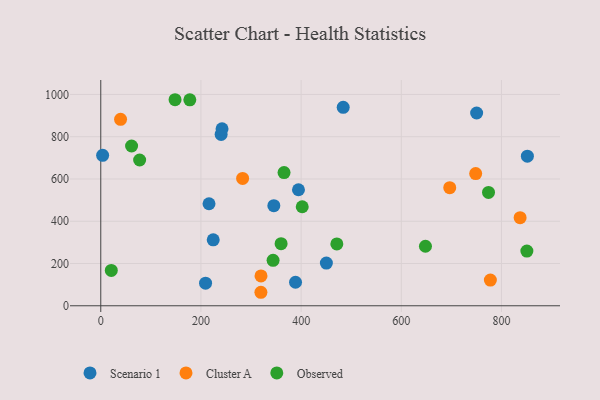
{"axis": {"x": "Engine Size", "y": "Rating"}, "legend": ["Cluster A", "Observed", "Scenario 1"], "data": [{"x": "240.3", "y": 810.7, "type": "Scenario 1"}, {"x": "394.7", "y": 549.0, "type": "Scenario 1"}, {"x": "242.1", "y": 837.4, "type": "Scenario 1"}, {"x": "750.4", "y": 912.3, "type": "Scenario 1"}, {"x": "345.5", "y": 473.8, "type": "Scenario 1"}, {"x": "450.4", "y": 201.9, "type": "Scenario 1"}, {"x": "209.2", "y": 106.9, "type": "Scenario 1"}, {"x": "224.5", "y": 312.3, "type": "Scenario 1"}, {"x": "3.7", "y": 712.1, "type": "Scenario 1"}, {"x": "216.1", "y": 482.8, "type": "Scenario 1"}, {"x": "484.0", "y": 939.0, "type": "Scenario 1"}, {"x": "388.8", "y": 111.3, "type": "Scenario 1"}, {"x": "851.7", "y": 707.7, "type": "Scenario 1"}, {"x": "748.5", "y": 625.7, "type": "Cluster A"}, {"x": "696.7", "y": 559.0, "type": "Cluster A"}, {"x": "283.2", "y": 602.7, "type": "Cluster A"}, {"x": "319.7", "y": 63.9, "type": "Cluster A"}, {"x": "777.8", "y": 121.6, "type": "Cluster A"}, {"x": "39.5", "y": 882.4, "type": "Cluster A"}, {"x": "319.9", "y": 141.2, "type": "Cluster A"}, {"x": "837.2", "y": 416.9, "type": "Cluster A"}, {"x": "344.0", "y": 215.0, "type": "Observed"}, {"x": "648.2", "y": 281.6, "type": "Observed"}, {"x": "360.0", "y": 293.8, "type": "Observed"}, {"x": "148.3", "y": 975.0, "type": "Observed"}, {"x": "774.1", "y": 536.6, "type": "Observed"}, {"x": "21.0", "y": 167.4, "type": "Observed"}, {"x": "177.8", "y": 974.7, "type": "Observed"}, {"x": "365.9", "y": 630.2, "type": "Observed"}, {"x": "61.5", "y": 756.1, "type": "Observed"}, {"x": "471.3", "y": 292.9, "type": "Observed"}, {"x": "402.2", "y": 468.5, "type": "Observed"}, {"x": "77.6", "y": 689.7, "type": "Observed"}, {"x": "850.7", "y": 259.0, "type": "Observed"}]}